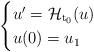
LaTeX: \begin{align*}\begin{cases}u' = \mathcal{H}_{\mathrm{t}_0}(u)\\u(0) = u_1\\ \end{cases}\end{align*}